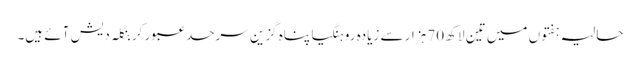
حالیہ ہفتوں میں تین لاکھ 70 ہزار سے زیادہ روہنگیا پناہ گزین سرحد عبور کر بنگلہ دیش آئے ہیں۔